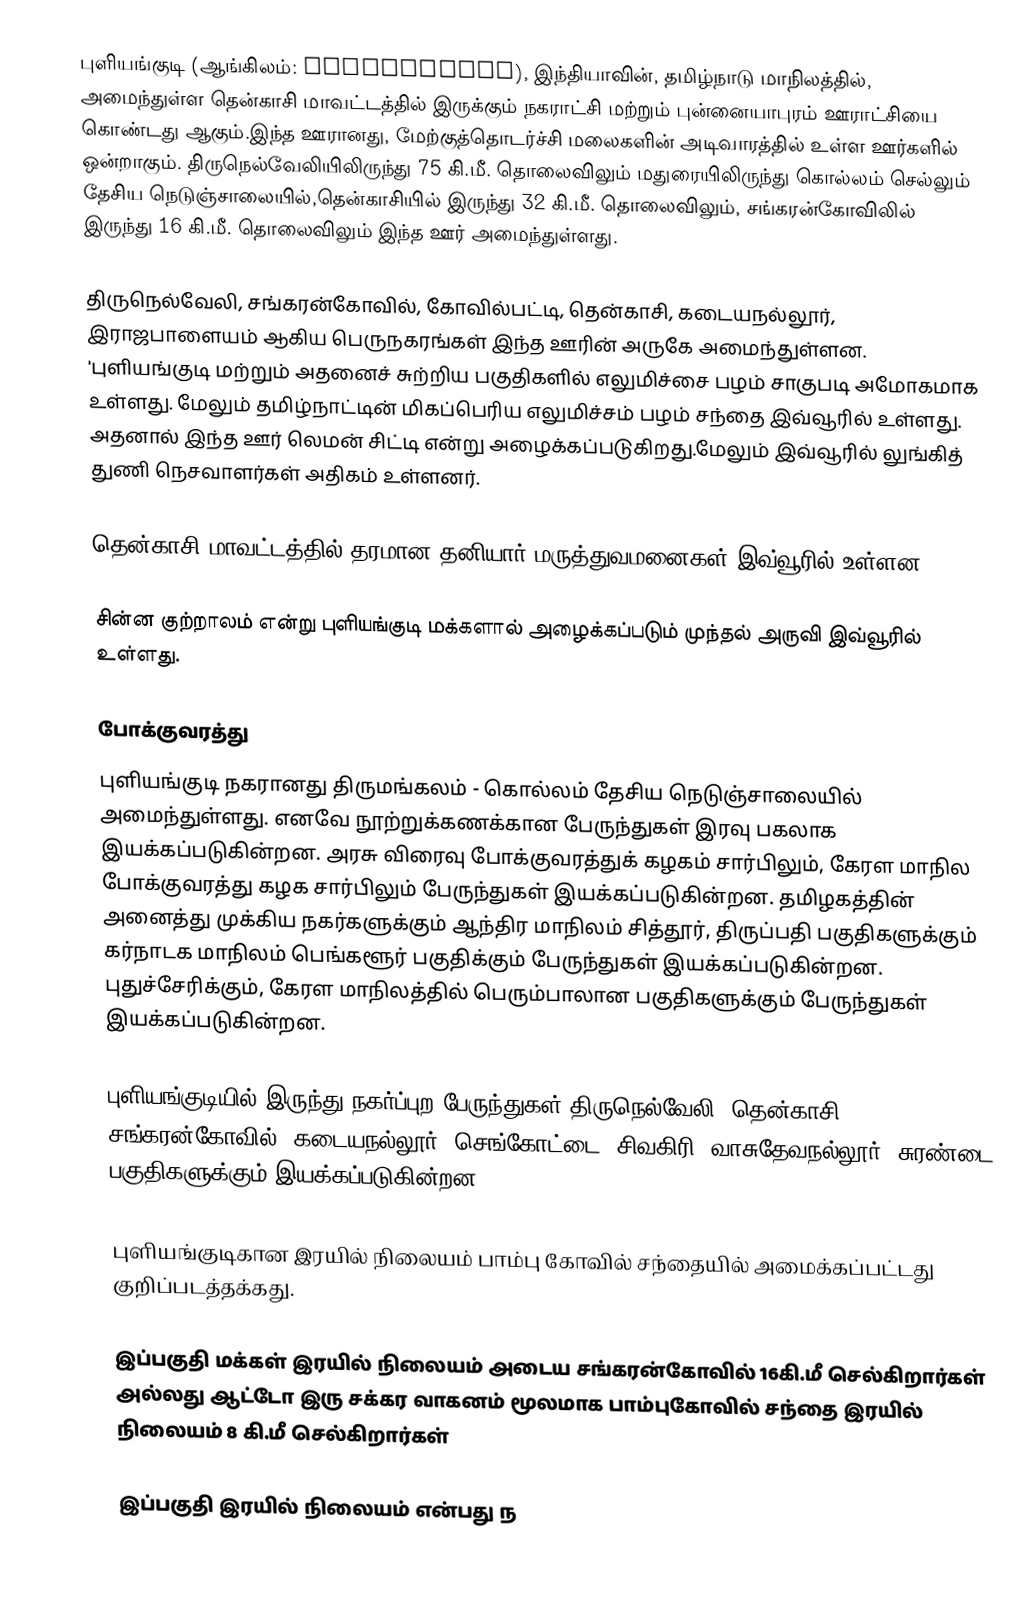
புளியங்குடி (ஆங்கிலம்: Puliyangudi), இந்தியாவின், தமிழ்நாடு மாநிலத்தில், அமைந்துள்ள தென்காசி மாவட்டத்தில் இருக்கும் நகராட்சி மற்றும் புன்னையாபுரம் ஊராட்சியை கொண்டது ஆகும்.இந்த ஊரானது, மேற்குத்தொடர்ச்சி மலைகளின் அடிவாரத்தில் உள்ள ஊர்களில் ஒன்றாகும். திருநெல்வேலியிலிருந்து 75 கி.மீ. தொலைவிலும்  மதுரையிலிருந்து கொல்லம் செல்லும் தேசிய நெடுஞ்சாலையில்,தென்காசியில் இருந்து 32 கி.மீ. தொலைவிலும், சங்கரன்கோவிலில் இருந்து 16 கி.மீ. தொலைவிலும் இந்த ஊர் அமைந்துள்ளது.

திருநெல்வேலி, சங்கரன்கோவில், கோவில்பட்டி, தென்காசி, கடையநல்லூர், இராஜபாளையம் ஆகிய பெருநகரங்கள் இந்த ஊரின் அருகே அமைந்துள்ளன. 'புளியங்குடி மற்றும் அதனைச் சுற்றிய பகுதிகளில் எலுமிச்சை பழம் சாகுபடி அமோகமாக உள்ளது. மேலும் தமிழ்நாட்டின் மிகப்பெரிய எலுமிச்சம் பழம் சந்தை இவ்வூரில் உள்ளது.  அதனால் இந்த ஊர் லெமன் சிட்டி என்று அழைக்கப்படுகிறது.மேலும் இவ்வூரில் லுங்கித் துணி நெசவாளர்கள் அதிகம் உள்ளனர்.

தென்காசி மாவட்டத்தில் தரமான தனியார் மருத்துவமனைகள் இவ்வூரில் உள்ளன.

சின்ன குற்றாலம் என்று புளியங்குடி மக்களால் அழைக்கப்படும் முந்தல் அருவி இவ்வூரில் உள்ளது.

போக்குவரத்து
புளியங்குடி நகரானது திருமங்கலம் - கொல்லம் தேசிய நெடுஞ்சாலையில் அமைந்துள்ளது. எனவே நூற்றுக்கணக்கான பேருந்துகள் இரவு பகலாக இயக்கப்படுகின்றன. அரசு விரைவு போக்குவரத்துக் கழகம் சார்பிலும், கேரள மாநில போக்குவரத்து கழக சார்பிலும் பேருந்துகள் இயக்கப்படுகின்றன. தமிழகத்தின் அனைத்து முக்கிய நகர்களுக்கும் ஆந்திர மாநிலம் சித்தூர், திருப்பதி பகுதிகளுக்கும் கர்நாடக மாநிலம் பெங்களூர் பகுதிக்கும் பேருந்துகள் இயக்கப்படுகின்றன. புதுச்சேரிக்கும், கேரள மாநிலத்தில் பெரும்பாலான பகுதிகளுக்கும் பேருந்துகள் இயக்கப்படுகின்றன.

புளியங்குடியில் இருந்து நகர்ப்புற பேருந்துகள் திருநெல்வேலி, தென்காசி, சங்கரன்கோவில், கடையநல்லூர், செங்கோட்டை, சிவகிரி, வாசுதேவநல்லூர், சுரண்டை பகுதிகளுக்கும் இயக்கப்படுகின்றன.

புளியங்குடிகான இரயில் நிலையம் பாம்பு கோவில் சந்தையில் அமைக்கப்பட்டது குறிப்படத்தக்கது.

இப்பகுதி மக்கள் இரயில் நிலையம் அடைய சங்கரன்கோவில் 16கி.மீ செல்கிறார்கள் அல்லது ஆட்டோ இரு சக்கர வாகனம் மூலமாக பாம்புகோவில் சந்தை இரயில் நிலையம் 8 கி.மீ செல்கிறார்கள்

இப்பகுதி இரயில் நிலையம் என்பது ந